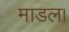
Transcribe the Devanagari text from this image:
माडल।